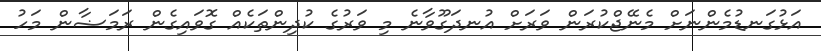
އަޅުގަނޑުމެންނަށް މެނޭޖްކުރަން ވަރަށް އުނދަގޫވާނެ މި ވަރުގެ ކުދިންތަކެއް ގޮވައިގެން ރަމަޟާން މަހު